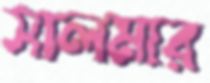
সালমার